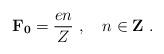
LaTeX: \begin{align*}\mathbf{F_{0}} = \frac{en}{Z}\ ,\quad n \in {\bf Z}\ .\end{align*}